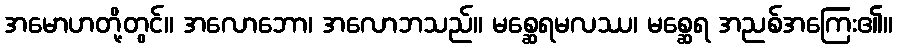
အမောဟတို့တွင်။ အလောဘော၊ အလောဘသည်။ မစ္ဆေရမလဿ၊ မစ္ဆေရ အညစ်အကြေး၏။